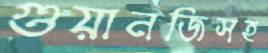
গুয়ানজিসহ